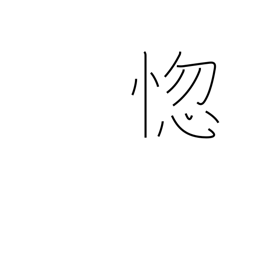
Meaning: grow senile